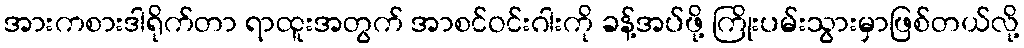
အားကစားဒါရိုက်တာ ရာထူးအတွက် အာစင်ဝင်းဂါးကို ခန့်အပ်ဖို့ ကြိုးပမ်းသွားမှာဖြစ်တယ်လို့